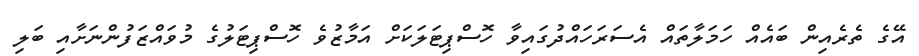
އޭގެ ތެރެއިން ބައެއް ހަމަލާތައް އެސަރަހައްދުގައިވާ ހޮސްޕިޓަލަކަށް އަމާޒުވެ ހޮސްޕިޓަލުގެ މުވައްޒަފުންނަށާއި ބަލި